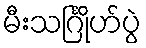
မီးသင်္ဂြိုဟ်ပွဲ